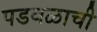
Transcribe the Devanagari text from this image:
पडवळाची